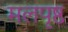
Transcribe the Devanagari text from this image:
मलपृष्ठ